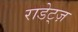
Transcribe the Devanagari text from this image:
राडेट्ज़